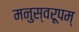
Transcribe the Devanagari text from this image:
मनुस्वरूपम्